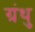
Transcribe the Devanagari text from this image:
ग्रंथु